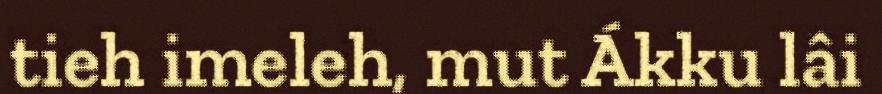
tieh imeleh, mut Ákku lâi